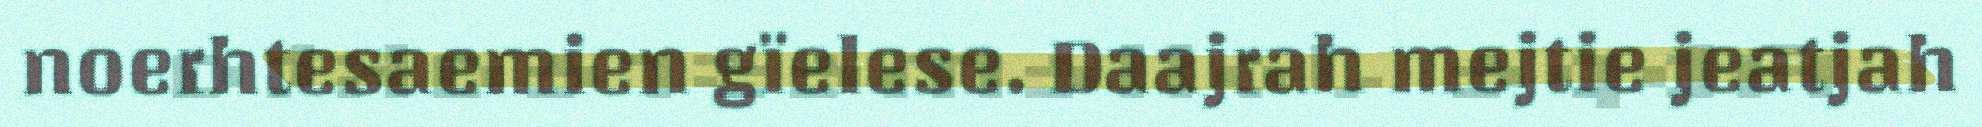
noerhtesaemien gïelese. Daajrah mejtie jeatjah